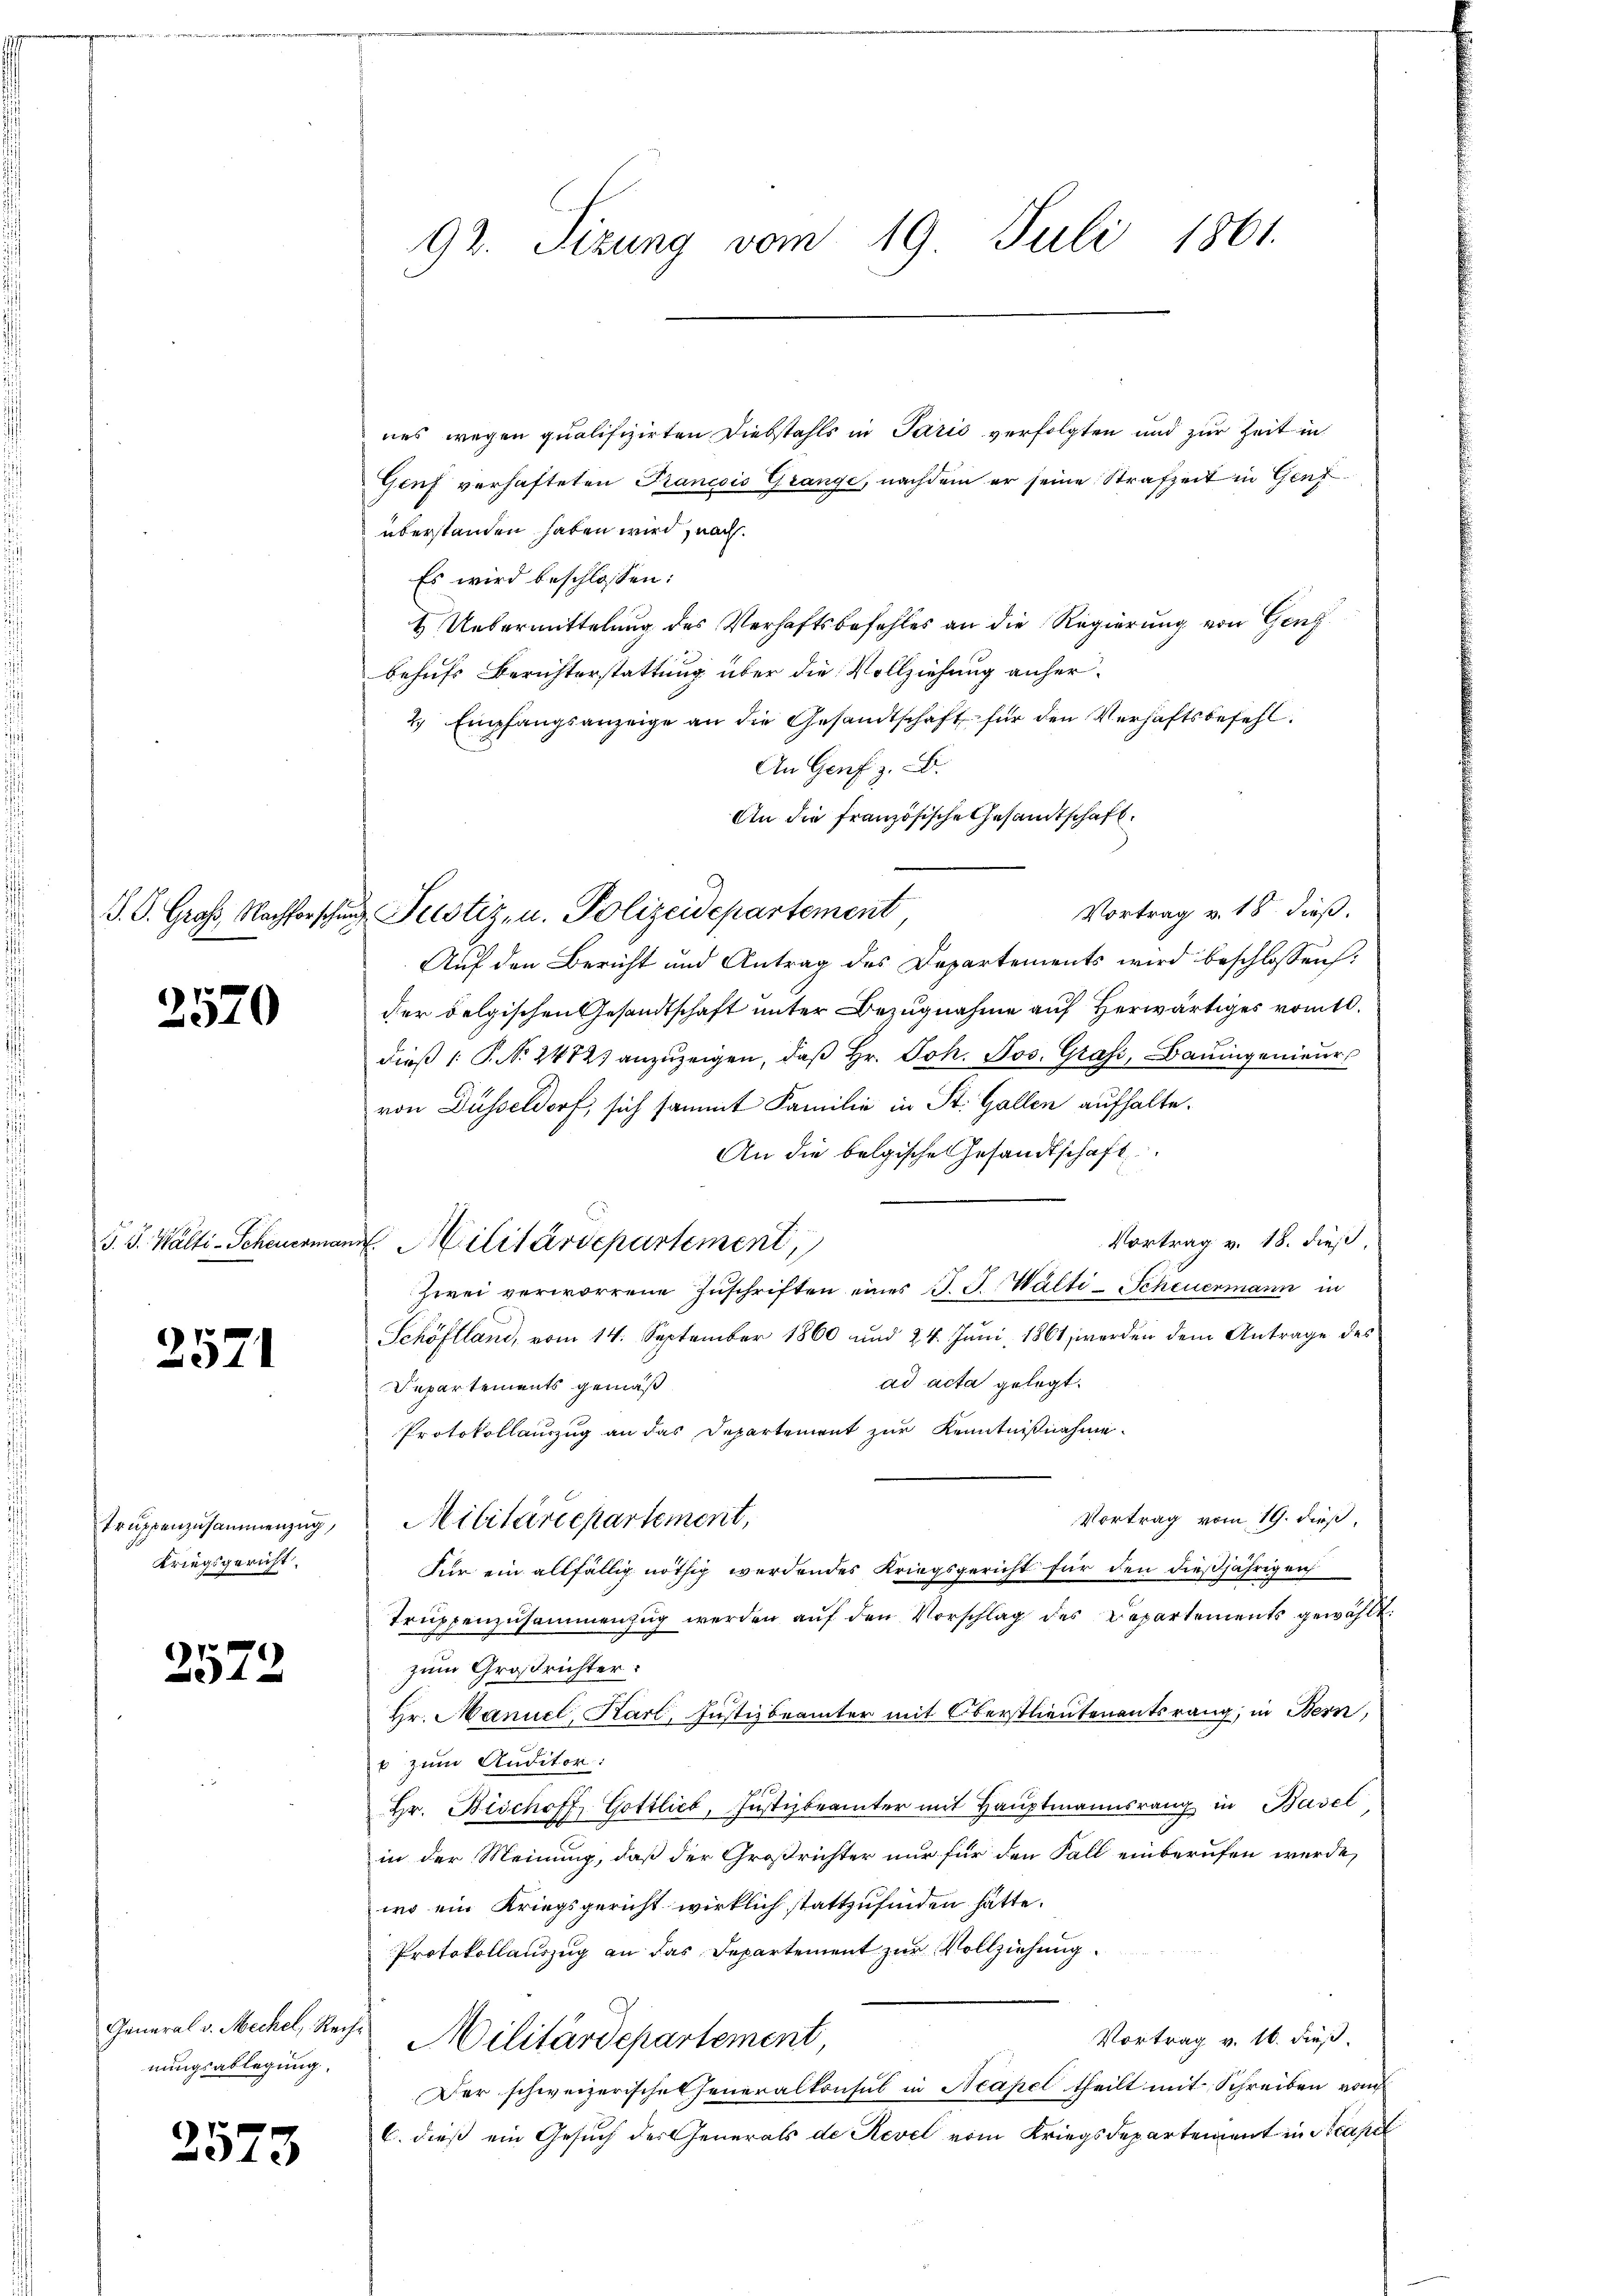
2570

S. S. Wälti-Scheuermar

2571

truppenzusammenzug,
Kriegsgericht.

2572.

nungsablegung.

2573

92. Sizung vom 19. Juli 1861.

nes wegen qualifizirten Diebstahls in Paris verfolgten und zur Zeit in
Gruf verhafteten Francois Gränze, nachdem er seine Strafzeit in Genzüberstanden haben wird, nach
Es wird beschlossen:
 Uebermittelung des Verhaftsbefehles an die Regierung von Genf
behufs Berichterstattung über die Vollziehung anher¬
2. Empfangsanzeige an die Gesandtschaft für den Verhaftsbefehl
An Genf z. B.
An die französische Gesandtschaft.
Vortrag v. 18 dieß.
.G. Groß Nachforschung Pustiz, u. Polizeidepartement
Auf den Bericht und Antrag des Departements wird beschlossen:
der Felgischen Gesandtschaft unter Bezugnahme auf Herwärtiges romtl.
dieβ : P. Nr. 2472) anzuzeigen, daβ hr. Joh. Jos. Graf, Bauingenieur
von Düsseldorf, sich sammt Familie in St. Gallen aufhalte.
An die belgische Gesandtschaft
Vortrag v. 18. dieß
a Militärdepartement,
Zwei verworrene Zuschriften eines J. J. Wälti-Scheuermann in
Schöflland, vom 14. September 1860 und 24. Juni 1861, werden dem Antrage des
ad acta gelegt.
Departements gemäß
Protokollauszug an das Departement zur Kenntnißnahme
Vortrag vom 19. dieß,
Militärdepartement,
Für ein allfällig nöthig werdendes Kriegsgericht für den dießjährigen
Truppenzusammenzug werden auf den Vorschlag des Departements gewählt.
zum Großrichter
Hr. Manuel, Karl, Justizbeämter mit Oberstlieutenantsrang, in Bern,
b zum Auditor:
20 f
hr. Bischoff, Gottlieb, Justizbeämter mit Haŭptmannsrang in Basel
in der Meinung, daß der Großrichter nur für den Fall einberufen werde,
wo ein Kriegsgericht wirklich stattzufinden hätte.
Protokollauszug an das Departement zur Vollziehung
General v. Mechel, Rech. Militärdepartement
Vortrag v. 16. dieß.
Der schweizerische Generalkonsul in Neapel theilt mit Schreiben von
C. dieß ein Gesuch der Generals de Revel vom Kriegsdepartement in Steapel